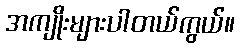
အကျိုးများပါတယ်ကွယ်။